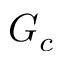
G _ { c }